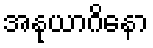
အနုယာဂိနော